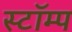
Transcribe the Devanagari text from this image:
स्टॉम्प